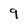
Character: 9